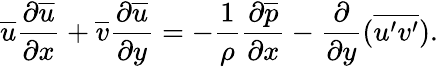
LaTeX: {\overline{{u}}}{\frac{\partial{\overline{{u}}}}{\partial x}}+{\overline{{v}}}{\frac{\partial{\overline{{u}}}}{\partial y}}=-{\frac{1}{\rho}}{\frac{\partial{\overline{{p}}}}{\partial x}}-{\frac{\partial}{\partial y}}({\overline{{u^{\prime}v^{\prime}}}}).